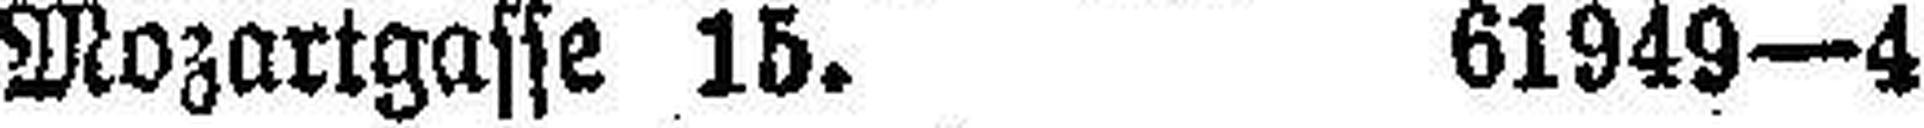
Mozartgasse 15. 61949—4